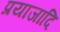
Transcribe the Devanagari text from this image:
प्रयाजादि